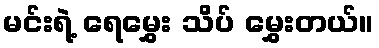
မင်းရဲ့ ရေမွှေး သိပ် မွှေးတယ်။